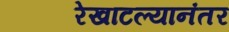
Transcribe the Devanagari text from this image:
रेखाटल्यानंतर